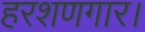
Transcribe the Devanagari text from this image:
हरशणगार।